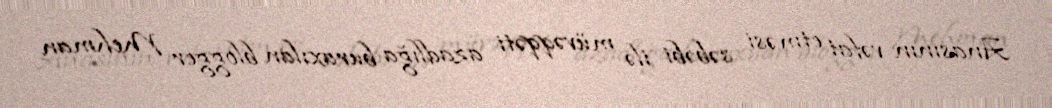
Anasının vəfat etməsi səbəbi ilə müvəqqəti azadlığa buraxılan blogger Mehman